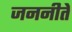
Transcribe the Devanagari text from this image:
जननीते